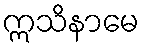
ဣသိနာမေ